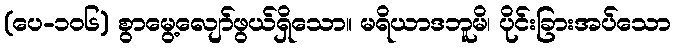
(ပေ-၁၀၆) စွာမွေ့လျော်ဖွယ်ရှိသော။ မရိယာဒဘူမိ၊ ပိုင်းခြားအပ်သော